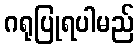
ဂရုပြုရပါမည်